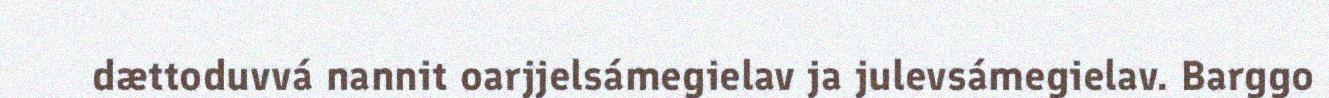
dættoduvvá nannit oarjjelsámegielav ja julevsámegielav. Barggo